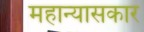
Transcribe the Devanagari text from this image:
महान्यासकार